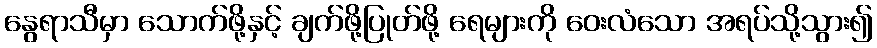
နွေရာသီမှာ သောက်ဖို့နှင့် ချက်ဖို့ပြုတ်ဖို့ ရေများကို ဝေးလံသော အရပ်သို့သွား၍